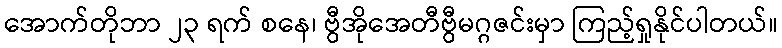
အောက်တိုဘာ ၂၃ ရက် စနေ၊ ဗွီအိုအေတီဗွီမဂ္ဂဇင်းမှာ ကြည့်ရှုနိုင်ပါတယ်။